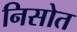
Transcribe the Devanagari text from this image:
निसोत